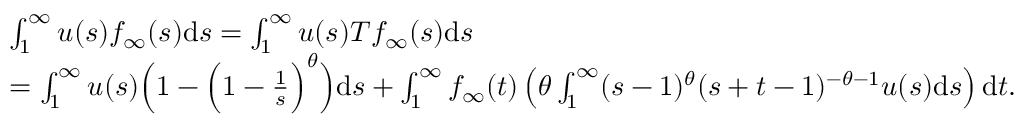
\begin{array} { r l } & { \int _ { 1 } ^ { \infty } u ( s ) f _ { \infty } ( s ) \mathrm { d } s = \int _ { 1 } ^ { \infty } u ( s ) T f _ { \infty } ( s ) \mathrm { d } s } \\ & { = \int _ { 1 } ^ { \infty } u ( s ) \Big ( 1 - \Big ( 1 - \frac 1 { s } \Big ) ^ { \theta } \Big ) \mathrm { d } s + \int _ { 1 } ^ { \infty } f _ { \infty } ( t ) \left( \theta \int _ { 1 } ^ { \infty } ( s - 1 ) ^ { \theta } ( s + t - 1 ) ^ { - \theta - 1 } u ( s ) \mathrm { d } s \right) \mathrm { d } t . } \end{array}